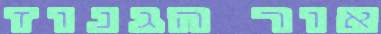
אור הגנוז